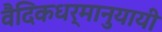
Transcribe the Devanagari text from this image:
वैदिकधर्मानुयायी